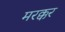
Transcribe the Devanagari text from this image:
मरक्कर